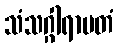
သံသဂ္ဂါရာမတံ